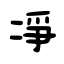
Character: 凈